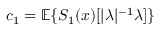
c _ { 1 } = { \mathbb E } \{ S _ { 1 } ( x ) [ | \lambda | ^ { - 1 } \lambda ] \}